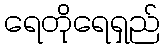
ရေတိုရေရှည်